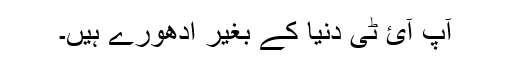
آپ آئ ٹی دنیا کے بغیر ادھورے ہیں۔